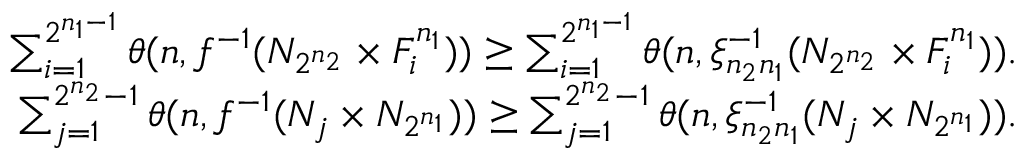
\begin{array} { r l r } & { } & { \sum _ { i = 1 } ^ { 2 ^ { n _ { 1 } - 1 } } \theta ( n , f ^ { - 1 } ( N _ { 2 ^ { n _ { 2 } } } \times F _ { i } ^ { n _ { 1 } } ) ) \ge \sum _ { i = 1 } ^ { 2 ^ { n _ { 1 } - 1 } } \theta ( n , \xi _ { n _ { 2 } n _ { 1 } } ^ { - 1 } ( N _ { 2 ^ { n _ { 2 } } } \times F _ { i } ^ { n _ { 1 } } ) ) . } \\ & { } & { \sum _ { j = 1 } ^ { 2 ^ { n _ { 2 } } - 1 } \theta ( n , f ^ { - 1 } ( N _ { j } \times N _ { 2 ^ { n _ { 1 } } } ) ) \ge \sum _ { j = 1 } ^ { 2 ^ { n _ { 2 } } - 1 } \theta ( n , \xi _ { n _ { 2 } n _ { 1 } } ^ { - 1 } ( N _ { j } \times N _ { 2 ^ { n _ { 1 } } } ) ) . } \end{array}